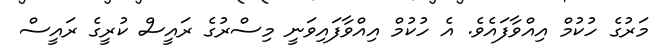
މަރުގެ ހުކުމް އިއްވާފައެވެ. އެ ހުކުމް އިއްވާފައިވަނީ މިސްރުގެ ރައީސް ކުރީގެ ރައީސް